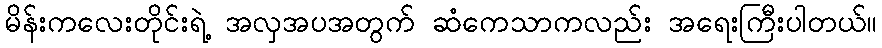
မိန်းကလေးတိုင်းရဲ့ အလှအပအတွက် ဆံကေသာကလည်း အရေးကြီးပါတယ်။